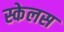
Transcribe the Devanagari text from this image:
स्केलस